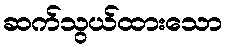
ဆက်သွယ်ထားသော